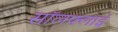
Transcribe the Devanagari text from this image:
सॉलफ्लाई